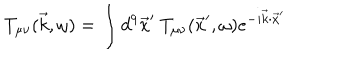
LaTeX: T _ { \mu \nu } ( \vec { k } , \omega ) = \int d ^ { 9 } \vec { x } ^ { \prime } ~ T _ { \mu \nu } ( \vec { x } ^ { \prime } , \omega ) e ^ { - i \vec { k } \cdot \vec { x } ^ { \prime } }